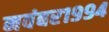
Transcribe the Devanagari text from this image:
नवंबर१९९४